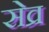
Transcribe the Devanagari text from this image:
सेव्र